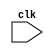
`timescale 1ns / 1ps
//////////////////////////////////////////////////////////////////////////////////
// Company: 
// Engineer: 
// 
// Design Name: 
// Module Name: lab3
// Project Name: 
// Target Devices: 
// Tool Versions: 
// Description: 
// 
// Dependencies: 
// 
// Revision:
// Revision 0.01 - File Created
// Additional Comments:
// 
//////////////////////////////////////////////////////////////////////////////////


module top(clk);
    input clk;
    
    reg[31:0] pc_current=0;
    wire [31:0] pc_next,pc4,pcb;
    wire [31:0] inst,writeData,readData1,readData2,imm,ALUin,ALUresult,readDataMem,immout;
    wire branch,memRead,memToReg,memWrite,ALUSrc,regWrite,zero,PCselect;
    wire [1:0] ALUOp;
    wire [3:0] ALUCon;
    
    always @(posedge clk)  
        pc_current <= pc_next;

    // instruction memory
    instrMem instrucionMemory(pc_current,inst);
    control Control(inst[6:0],branch,memRead,memToReg,ALUOp,memWrite,ALUSrc,regWrite);
    regFile Registers(inst[19:15], inst[24:20], inst[11:7], writeData, regWrite, readData1, readData2,clk);
    immGen immGenerator(inst,imm);
    ALUcontrol ALUControl({inst[30],inst[14:12]},ALUOp,ALUCon);
    mux mux1(readData2,imm,ALUSrc,ALUin);
    ALU ALU1(readData1, ALUin, ALUCon, ALUresult, zero);
    dataMem dataMemory(ALUresult,memWrite,memRead,readData2,readDataMem,clk);
    mux mux2(ALUresult,readDataMem,memToReg,writeData);
    shift shifter(imm,immout);
    assign PCselect = (branch & zero);
    adder add1(pc_current,32'b00000000000000000000000000000100,pc4);
    adder add2(pc_current,immout,pcb);
    mux mux3(pc4,pcb,PCselect,pc_next);
    
endmodule

module adder(in1,in2,sum);
    input [31:0] in1, in2;
    output [31:0] sum;
    
    assign sum = in1+in2;
endmodule

module mux(in1,in2,s,out);
    input [31:0] in1, in2;
    input s;
    output [31:0] out;
    
    reg [31:0] out;

    always @(in1, in2, s) begin
        case (s)
            1'b0: out = in1;
            1'b1: out = in2;
            default out = 0;
        endcase
    end
endmodule

module ALU(in1, in2, s, out, zero);
    input [31:0] in1, in2;
    input [3:0] s;
    output [31:0] out;
    output zero;
    
    reg [31:0] out;
    reg zero;

    always @(in1, in2, s) begin
        case (s)
            4'b0000: begin out = in1&in2; zero = 1'b0; end
            4'b0001: begin out = in1|in2; zero = 1'b0; end
            4'b0010: begin out = in1+in2; zero = 1'b0; end
            4'b0110: begin
                        out = in1-in2;
                        if (out==0) zero = 1'b1;
                        else zero = 1'b0;
                     end
            4'b0111: begin // bne
                        out = in1-in2;
                        if (out!=0) zero = 1'b1;
                        else zero = 1'b0;
                     end
            default begin out = 0; zero = 1'b0; end
        endcase
    end
endmodule

module ALUcontrol (inst,aluop,alucon);
    input [3:0] inst;
    input [1:0] aluop;
    output [3:0] alucon;
    
    reg [3:0] alucon;

    always @(inst, aluop) begin
        case (aluop)
            2'b00: begin
                    case (inst)
                        4'b0010: alucon = 4'b0010;
                        4'b1010: alucon = 4'b0010;
                        default alucon = 1;
                    endcase
                   end
            2'b01: begin
                    case (inst)
                        4'b0000: alucon = 4'b0110;
                        4'b1000: alucon = 4'b0110;
                        4'b0001: alucon = 4'b0111;
                        4'b1001: alucon = 4'b0111;
                        default alucon = 1;
                    endcase
                   end
            2'b10: begin
                    case (inst)
                        4'b0000: alucon = 4'b0010;
                        4'b1000: alucon = 4'b0110;
                        4'b0111: alucon = 4'b0000;
                        4'b0110: alucon = 4'b0001;
                        default alucon = 1;
                    endcase
                   end
            2'b11: begin
                    case (inst)
                        4'b0000: alucon = 4'b0010;
                        4'b1000: alucon = 4'b0010;
                        default alucon = 1;
                    endcase
                   end
            default alucon = 1;
        endcase
    end
endmodule

module regFile(readReg1, readReg2, writeReg, writeData, regWrite, readData1, readData2,clk);
    input [4:0] readReg1, readReg2, writeReg;
    input [31:0] writeData;
    input regWrite,clk;
    output [31:0] readData1, readData2;
    
    integer i;
    wire [31:0] readData1, readData2;
    reg [31:0] regs [31:0];
    
    initial 
        begin  
           for(i=0;i<32;i=i+1)  
                regs[i] <= 0;  
        end  
    
    always @ (posedge clk) begin
        if (regWrite) regs[writeReg] <= writeData;
    end
    assign readData1 = ( readReg1 == 0)? 32'b0 : regs[readReg1];  
    assign readData2 = ( readReg2 == 0)? 32'b0 : regs[readReg2];   
endmodule

module immGen(instr,imm);
    input [31:0] instr;
    output [31:0] imm;
    
    reg [31:0] imm;
    integer j;
    
    always @ (instr)
        if (instr[6:0] == 7'b0010111 || instr[6:0] == 7'b0110111) // U
        begin
            for(j=0;j<20;j=j+1)
                imm[j]=instr[j+12];
            for(j=20;j<32;j=j+1)
                imm[j]=0;
        end
        else if (instr[6:0] == 7'b1101111) // J
        begin
            imm[19]=instr[31];
            imm[9:0]=instr[30:21];
            imm[10]=instr[20];
            imm[18:11]=instr[19:12];
            for(j=20;j<32;j=j+1)
                imm[j]=imm[19];
        end
        else if (instr[6:4] == 3'b000 || instr[6:4] == 3'b001 || instr[6:4] == 3'b111 || instr[6:0] == 7'b1100111) // I
        begin
            imm[11:0]=instr[31:20];
            for(j=12;j<32;j=j+1)
                imm[j]=imm[11];
        end
        else if (instr[6:4] == 3'b010) // S
        begin
            imm[11:5]=instr[31:25];
            imm[4:0]=instr[11:7];
            for(j=12;j<32;j=j+1)
                imm[j]=imm[11];
        end
        else if (instr[6:4] == 3'b110) // B
        begin
            imm[11]=instr[31];
            imm[9:4]=instr[30:25];
            imm[3:0]=instr[11:8];
            imm[10]=instr[7];
            for(j=12;j<32;j=j+1)
                imm[j]=imm[11];
        end
endmodule

module control(inst,branch,memRead,memToReg,ALUOp,memWrite,ALUSrc,regWrite);
    input [6:0] inst;
    output branch,memRead,memToReg,memWrite,ALUSrc,regWrite;
    output [1:0] ALUOp;
    
    reg branch,memRead,memToReg,memWrite,ALUSrc,regWrite;
    reg [1:0] ALUOp;
    
    always @ (inst)
        case(inst)
            7'b0110011: begin // add, sub, and, or
                            ALUOp = 2'b10;
                            branch = 0;
                            memRead = 0;
                            memToReg = 0;
                            memWrite = 0;
                            ALUSrc = 0;
                            regWrite = 1;
                        end
            7'b0010011: begin // addi
                            ALUOp = 2'b11;
                            branch = 0;
                            memRead = 0;
                            memToReg = 0;
                            memWrite = 0;
                            ALUSrc = 1;
                            regWrite = 1;
                        end
            7'b0000011: begin // lw
                            ALUOp = 2'b00;
                            branch = 0;
                            memRead = 1;
                            memToReg = 1;
                            memWrite = 0;
                            ALUSrc = 1;
                            regWrite = 1;
                        end
            7'b0100011: begin // sw
                            ALUOp = 2'b00;
                            branch = 0;
                            memRead = 0;
                            memToReg = 0;
                            memWrite = 1;
                            ALUSrc = 1;
                            regWrite = 0;
                        end
            7'b1100011: begin // beq, bne
                            ALUOp = 2'b01;
                            branch = 1;
                            memRead = 0;
                            memToReg = 0;
                            memWrite = 0;
                            ALUSrc = 0;
                            regWrite = 0;
                        end
        endcase
endmodule

module shift(in,out);
    input [31:0] in;
    output [31:0] out;
    
    reg [31:0] out;

    always @ (in)
        begin
            out[31:1] = in[30:0];
            out[0] = 0;
        end
endmodule

module instrMem(pc,inst);
    input [31:0] pc;
    output [31:0] inst;
    
    reg [31:0] rom[31:0];
    
    initial  
      begin  
                rom[0] = 32'b11111111011000000000001010010011;
                rom[1] = 32'b00000000010100101000001100110011;
                rom[2] = 32'b01000000011000101000001110110011;
                rom[3] = 32'b00000000000000110111111000110011;
                rom[4] = 32'b00000000010100110110111010110011;
                rom[5] = 32'b00000001110100000010000000100011;
                rom[6] = 32'b00000000010100000010001000100011;
                rom[7] = 32'b00000000000000101000010001100011;
                rom[8] = 32'b00000000000000110000111010110011;
                rom[9] = 32'b00000001110100110001010001100011;
                rom[10] = 32'b00000001110000110001010001100011;
                rom[11] = 32'b00000000000000000000001110110011;
                rom[12] = 32'b00000000000000000010010000000011;
                rom[13] = 32'b00000000010000000010010010000011;
                rom[14] = 32'b00000000100001001000010010010011;
                rom[15] = 32'b00000000100101000000010001100011;
                rom[16] = 32'b00000000000000000000001110110011;
                rom[17] = 32'b00000000011100111000001110110011;
      end
    assign inst = (pc[31:2] < 32 )? rom[pc[31:2]]: 0;  
endmodule

module dataMem(addr,memWrite,memRead,writeData,readData,clk);
    input memWrite,memRead,clk;
    input [31:0] addr,writeData;
    output [31:0] readData;
    
    integer i;
    reg [7:0] ram [127:0];
    initial 
        begin  
           for(i=0;i<128;i=i+1)  
                ram[i] <= 4'b0000;  
        end  
    always @(posedge clk)
        begin  
           if (memWrite)  begin
                ram[addr] <= writeData[7:0];  
                ram[addr+1] <= writeData[15:8];  
                ram[addr+2] <= writeData[23:16];  
                ram[addr+3] <= writeData[31:14];  end
        end  
    assign readData = (memRead==1'b1) ? {ram[addr+3],ram[addr+2],ram[addr+1],ram[addr]}: 0;   
endmodule